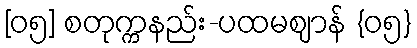
[၀၅] စတုက္ကနည်း-ပထမဈာန် {၀၅}